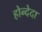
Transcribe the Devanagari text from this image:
होन्देदा